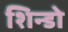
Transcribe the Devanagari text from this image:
शिन्डो